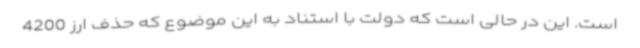
است. این در حالی است که دولت با استناد به این موضوع که حذف ارز 4200